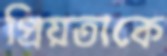
প্রিয়তাকে